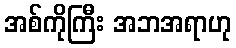
အစ်ကိုကြီး အဘအရာဟု